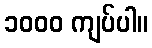
၁၀၀၀ ကျပ်ပါ။